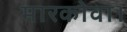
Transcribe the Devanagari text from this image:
मारकोवा।